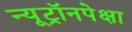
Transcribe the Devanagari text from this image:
न्यूट्रॉनपेक्षा